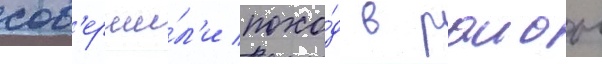
сов'ерши́л'и похо́д в раион